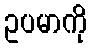
ဥပမာကို